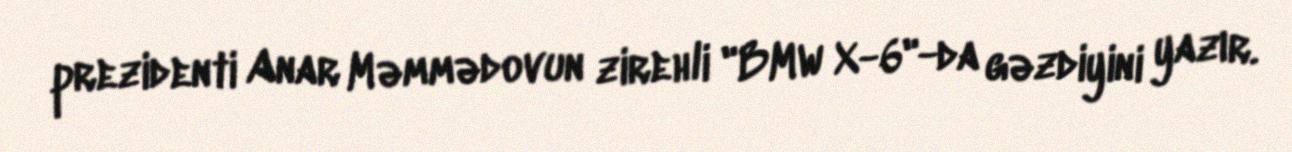
prezidenti Anar Məmmədovun zirehli "BMW X-6"-da gəzdiyini yazır.